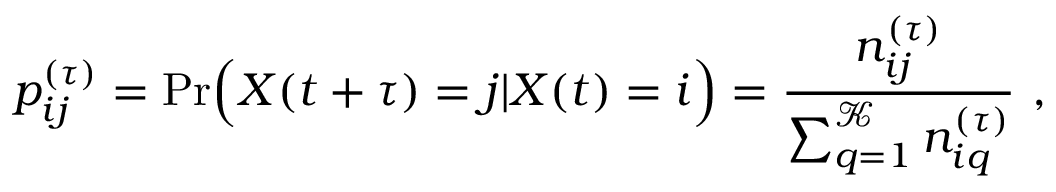
p _ { i j } ^ { ( \tau ) } = \mathrm { P r } \Big ( X ( t + \tau ) = j | X ( t ) = i \Big ) = \frac { n _ { i j } ^ { ( \tau ) } } { \sum _ { q = 1 } ^ { \mathcal { K } } n _ { i q } ^ { ( \tau ) } } \ ,